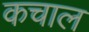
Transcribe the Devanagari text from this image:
कचाल